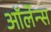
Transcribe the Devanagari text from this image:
ऑर्लेन्स